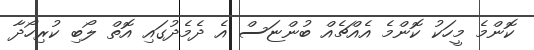
ކޮންމެ މީހަކު ކޮންމެ އެއްޗެއް ބުންޏަސް އެ ދެމެދުގައި އޮތް ލޯބި ކުރިހޯދާ